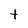
Character: t